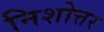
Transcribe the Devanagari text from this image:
निशोत्तर